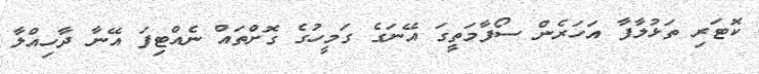
ކޮޓަރި ތަޅުލާފާ އަަހަރެން ސޯފާމަތީގަ އޭނަގެ ގަމީހުގެ ގޮށްތައް ނެއްޓިފަ އޭނާ ދާހިއްލާ